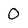
Character: 0